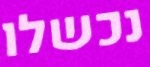
נכשלו